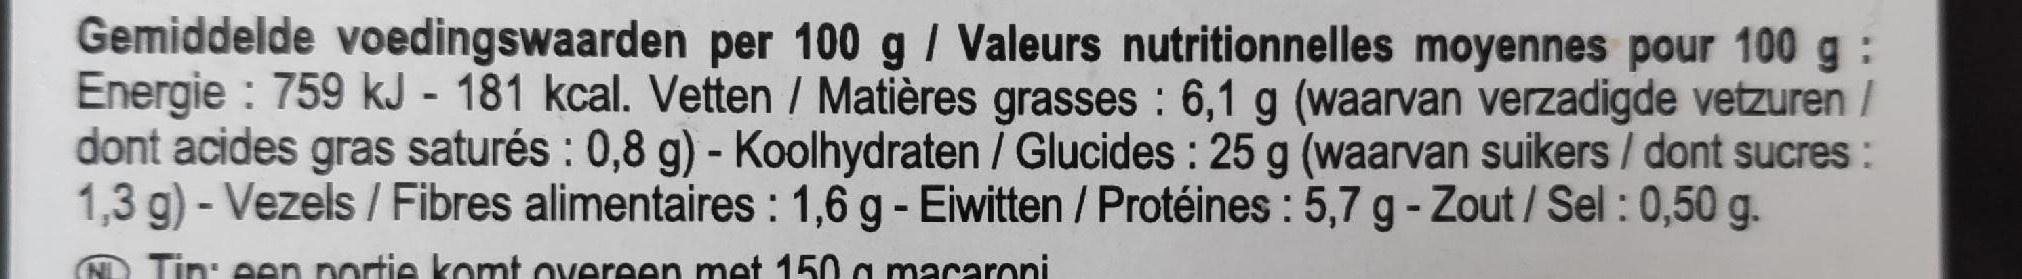
Gemiddelde voedingswaarden per 100 g / Valeurs nutritionnelles moyennes pour 100 g : Energie : 759 kJ - 181 kcal. Vetten / Matières grasses : 6,1 g (waarvan verzadigde vetzuren / dont acides gras saturés : 0,8 g) - Koolhydraten / Glucides : 25 g (waarvan suikers / dont sucres : 1,3 g) - Vezels / Fibres alimentaires : 1,6 g - Eiwitten / Protéines : 5,7 g - Zout / Sel : 0,50 g.
Tin: een portie komt overeen met 150 a macaroni